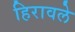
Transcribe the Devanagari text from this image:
हिरावले